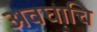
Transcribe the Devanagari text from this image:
अवघाचि